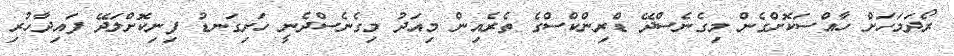
ރޯދަމަހަށް ހާއްސަކޮށްގެން މިގެނެސްދޭ ޑްރިންްކްސްގެ ތެރެއިން މިއަދު މިގެނެސްދެނީ ހަށިގަނޑު ފިނިކޮށްލަދޭ ފައިދާހުރި